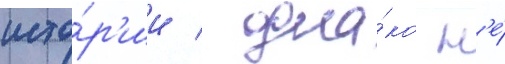
исто́р'ии / одна́ко н'е́